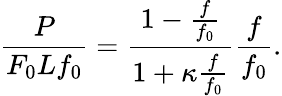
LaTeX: \frac{P}{F_{0}Lf_{0}}=\frac{1-\frac{f}{f_{0}}}{1+\kappa\frac{f}{f_{0}}}\frac{f}{f_{0}}.